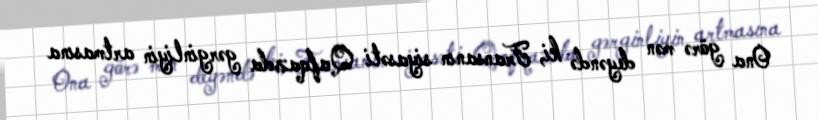
Ona görə mən deyəndə ki, Fransanın siyasəti Qafqazda gərginliyin artmasına